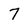
Character: 7